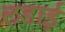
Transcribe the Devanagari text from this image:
ल़डाई